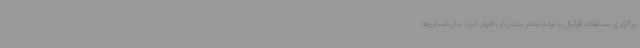
برگزاری مسابقات فوتبال یا نیمه تمام ماندن آن اظهار کرد: جان انسان‌ها